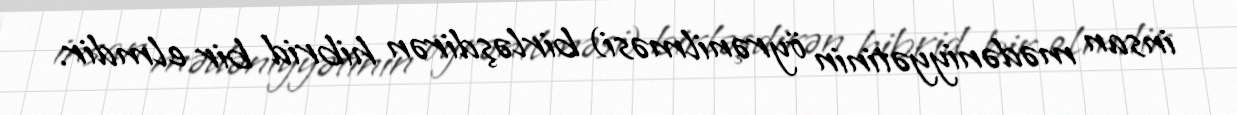
insan mədəniyyətinin öyrənilməsi) birləşdirən hibrid bir elmdir.